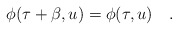
\begin{align*}\phi(\tau+\beta,u)=\phi(\tau,u)~~~.\end{align*}